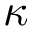
\kappa